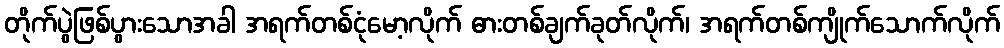
တိုက်ပွဲဖြစ်ပွားသောအခါ အရက်တစ်ငုံမော့လိုက် ဓားတစ်ချက်ခုတ်လိုက်၊ အရက်တစ်ကျိုက်သောက်လိုက်